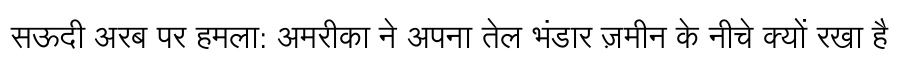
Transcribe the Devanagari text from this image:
सऊदी अरब पर हमला: अमरीका ने अपना तेल भंडार ज़मीन के नीचे क्यों रखा है